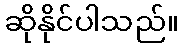
ဆိုနိုင်ပါသည်။